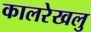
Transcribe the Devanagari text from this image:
कालरेखलु